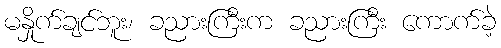
မနှိုက်ချင်ဘူး၊ ခညားကြီးက ခညားကြီး ကောက်ခဲ့